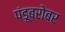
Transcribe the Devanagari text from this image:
पंडूबरोबर